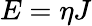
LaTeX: E=\eta J